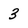
Character: 3